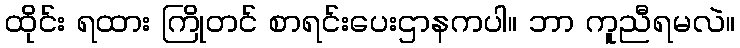
ထိုင်း ရထား ကြိုတင် စာရင်းပေးဌာနကပါ။ ဘာ ကူညီရမလဲ။